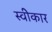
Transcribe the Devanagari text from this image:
स्वीेकार